画像に写った文字を読んでください
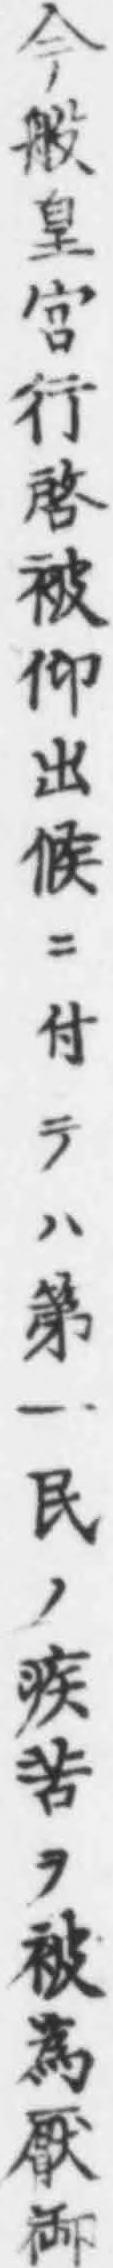
「今般皇宮行啓被仰出候ニ付テハ第一民ノ疾苦ヲ被爲厭御」と書いてあります